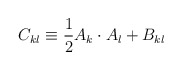
\begin{align*}C_{kl} \equiv {1\over 2} A_k\cdot A_l+B_{kl}\end{align*}